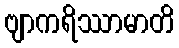
ဗျာကရိဿာမာတိ